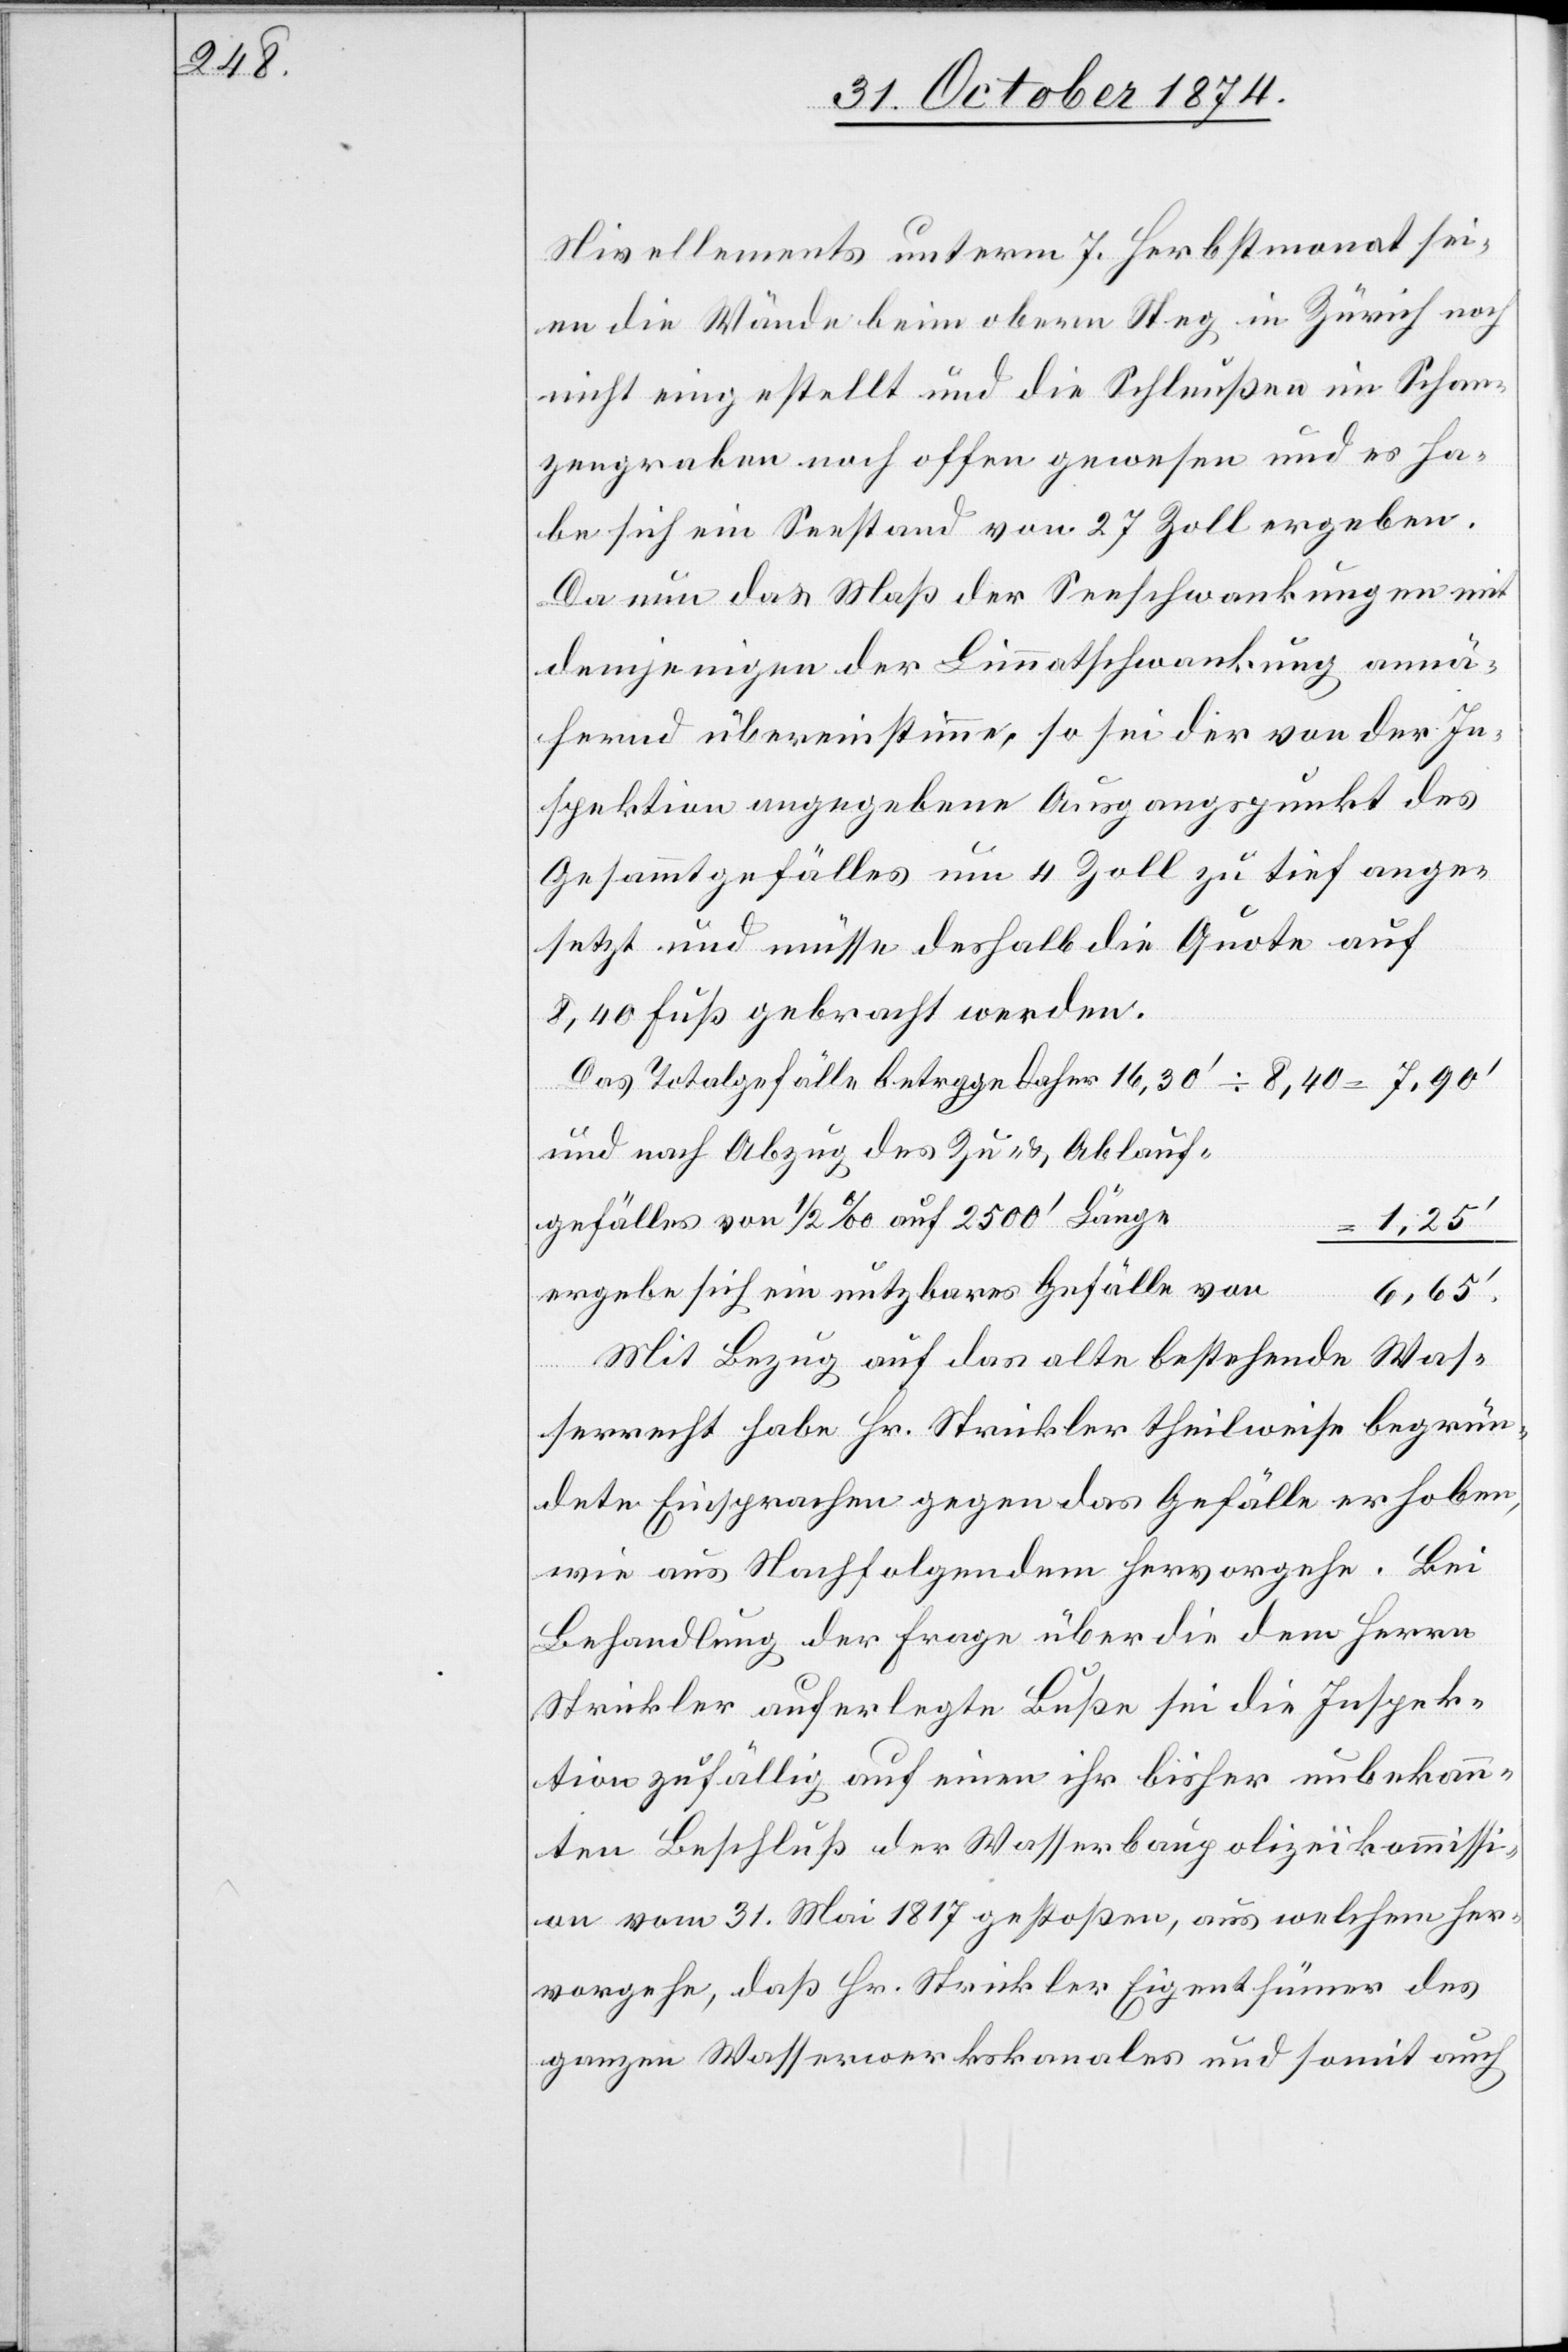
Nivellements unterm 7. Herbstmonat sei¬
en die Wände beim obern Steg in Zürich noch
nicht eingestellt und die Schleußen im Schan¬
zengraben noch offen gewesen und es ha¬
be sich ein Seestand von 27 Zoll ergeben.
Da nun das Maß der Seeschwankungen mit
demjenigen der Limmathschwankung annä¬
hernd übereinstimme, so sei der von der In¬
spektion angegebene Ausgangspunkt des
Gesammtgefälles um 4 Zoll zu tief ange¬
setzt und müsse deshalb die Quote auf
8,40 Fuß gebracht werden.
Das Totalgefälle betrage daher 16,30‘ ÷ 8,40 = 7,90‘
und nach Abzug des Zu- & Ablauf¬
gefälles von 1/2‰ auf 2500‘ Länge
1,25‘
ergebe sich ein nutzbares Gefälle von
6,65‘.
Mit Bezug auf das alte bestehende Was¬
serrecht habe Hr. Strickler theilweise begrün¬
dete Einsprachen gegen das Gefälle erhoben,
wie aus Nachfolgendem hervorgehe. Bei
Behandlung der Frage über die dem Herrn
Strickler auferlegte Buße sei die Inspek¬
tion zufällig auf einen ihr bisher unbekann¬
ten Beschluß der Wasserbaupolizeikommissi¬
on vom 31. Mai 1817 gestoßen, aus welchem her¬
vorgehe, daß Hr. Strickler Eigenthümer des
ganzen Wasserwerkskanales und somit auch